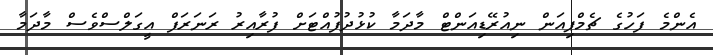
އެންމެ ފަހުގެ ޗެމްޕިއަން ނިއުރޭޑިއަންޓް މާދަމާ ކުޅުދުފުއްޓަށް ފުރާއިރު ރަނަރަފް އީގަލްސްވެސް މާދަމާ